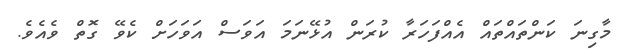
މާގިނަ ކަންތައްތައް އެއްފަހަރާ ކުރަން އުޅޭނަމަ އަވަސް އަވަހަށް ކެވޭ ގޮތް ވެއެވެ.